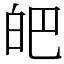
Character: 皅